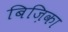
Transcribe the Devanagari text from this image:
बिज़िका